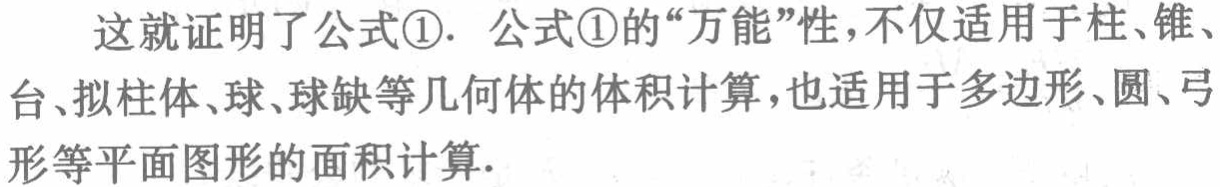
这就证明了公式\textcircled{1}. 公式\textcircled{1}的“万能”性，不仅适用于柱、锥、台、拟柱体、球、球缺等几何体的体积计算，也适用于多边形、圆、弓形等平面图形的面积计算.